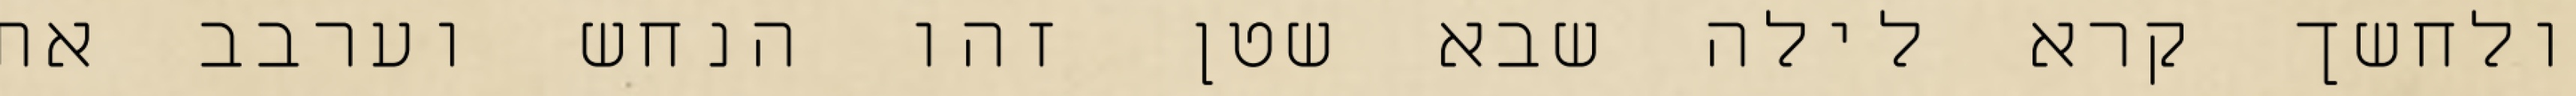
ולחשך קרא לילה שבא שטן זהו הנחש וערבב את